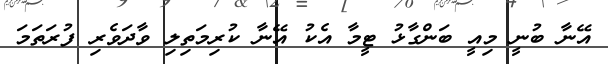
އޭނާ ބުނީ މިއީ ބަންގާޅު ޓީމާ އެކު އޭނާ ކުރިމަތިލި ވާދަވެރި ފުރަތަމަ